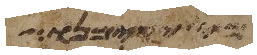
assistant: מי יקימנו